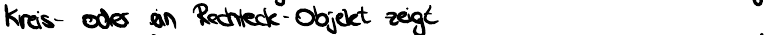
Kreis- oder ein Rechteck-Objekt zeigt